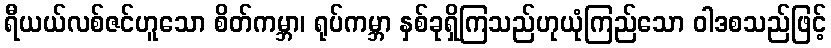
ရီယယ်လစ်ဇင်ဟူသော စိတ်ကမ္ဘာ၊ ရုပ်ကမ္ဘာ နှစ်ခုရှိကြသည်ဟုယုံကြည်သော ဝါဒစသည်ဖြင့်